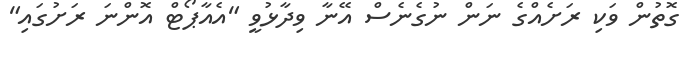
ގޮތުން ވަކި ރަށެއްގެ ނަން ނުގެނެސް އޭނާ ވިދާޅުވީ "އެއާޕޯޓް އޮންނަ ރަށުގައި"